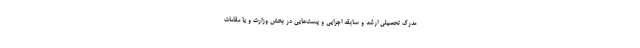
مدرک تحصیلی ارشد و سابقه اجرایی و پست‌هایی در بخش وزارت و یا مقامات